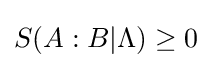
S(A:B|\Lambda )\geq 0